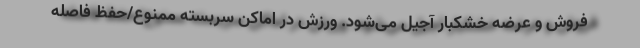
فروش و عرضه خشکبار آجیل می‌شود. ورزش در اماکن سربسته ممنوع/حفظ فاصله